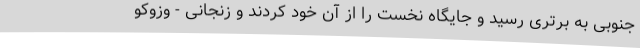
جنوبی به برتری رسید و جایگاه نخست را‌ از آن خود کردند و زنجانی - وزوکو